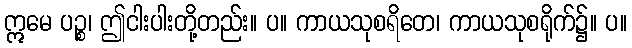
ဣမေ ပဉ္စ၊ ဤငါးပါးတို့တည်း။ ပ။ ကာယသုစရိတေ၊ ကာယသုစရိုက်၌။ ပ။